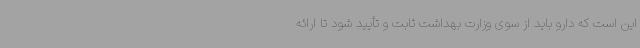
این است که دارو باید از سوی وزارت بهداشت ثابت و تأیید شود تا ارائه